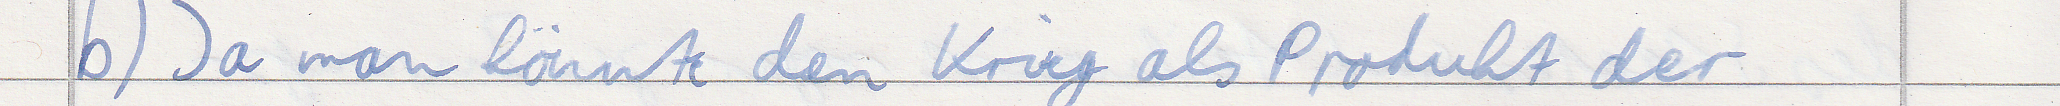
b) Ja man könnte den Krieg als Produkt der